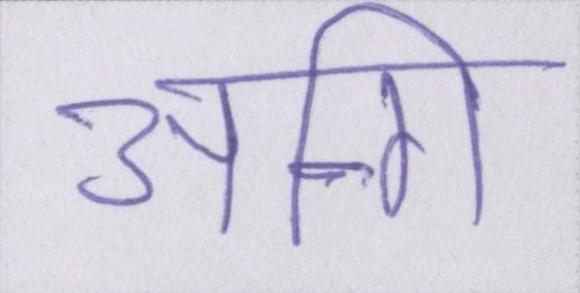
अग्नि